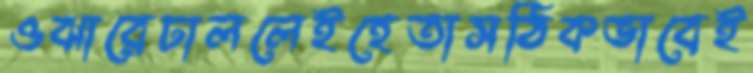
ওঝারেঢাললেইহেতাসঠিকভাবেই